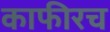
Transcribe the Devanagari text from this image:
काफीरच